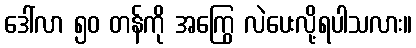
ဒေါ်လာ ၅၀ တန်ကို အကြွေ လဲပေးလို့ရပါသလား။